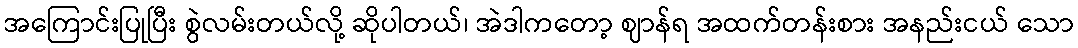
အကြောင်းပြုပြီး စွဲလမ်းတယ်လို့ ဆိုပါတယ်၊ အဲဒါကတော့ ဈာန်ရ အထက်တန်းစား အနည်းငယ် သော